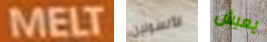
MELT الأنسولين يعيش